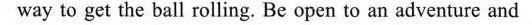
way to get the ball rolling. Be open to an adventure and